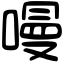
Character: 𠼦